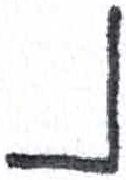
אות: נ